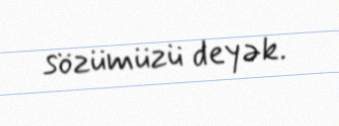
sözümüzü deyək.